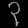
Digit: ၃